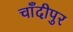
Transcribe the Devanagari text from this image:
चाँदीपुर